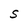
Character: S